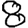
Digit: 8